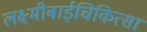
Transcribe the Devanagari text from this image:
लक्ष्मीबाईचिकित्सा